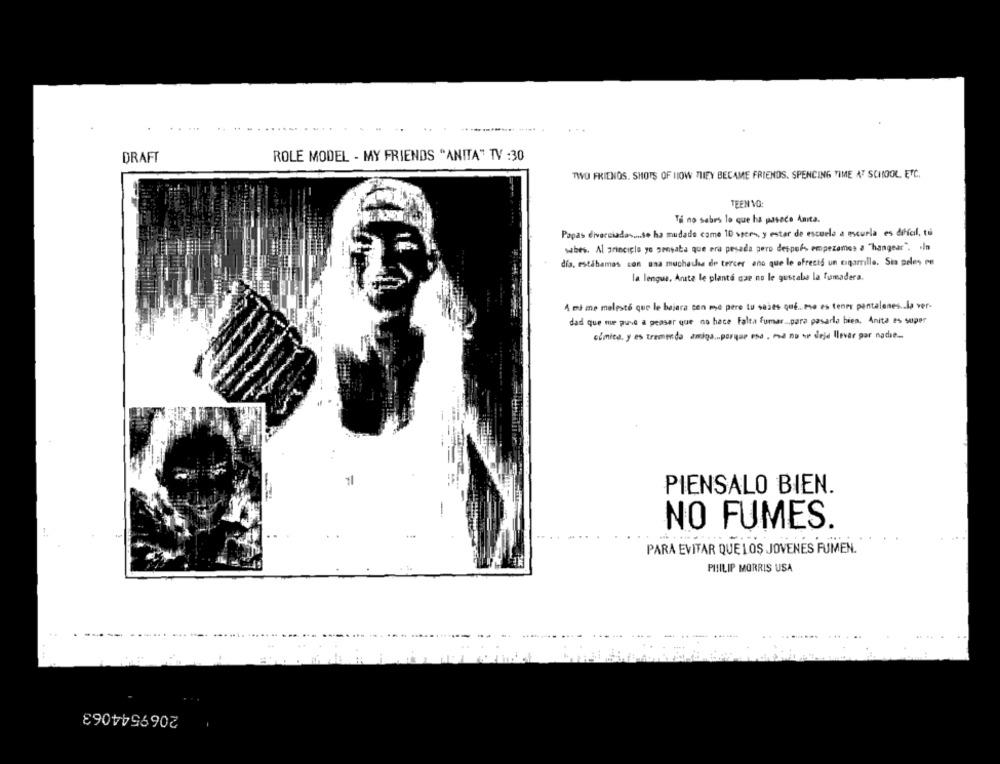
.......
DRAFT
ROLE MODEL - MY FRIENDS "ANITA" TV :30
TWO FRIENDS. SHOTS OF HOW THEY BECAME FRIENDS, SPENCING TIME AT SCHOOL, ETC.
TEEN VO:
Ti no sabes lo que ha pasado Anita.
Papas divorciados ... Se ha mudado came 10 spero, y estar de escuela a escuela es difícil, tú
sabes. Al principle yo pensaba que era pesada pero despor empezamos a "hangear". . In
dia. estábamos con una muchacha de tercer ano que le ofreció un cigarrillo. Sta peles on
la lengua, Anita le planté qae no le gustaba la fumadera.
A mi me melesté que le bajara con mye pere tu sabes qué ... eso es tener pantalones .. la ver-
dad que me puve a peasar que no hace Falta fumar ... para pasarla bien, Anita es super
ofmice, y es tremenda andoa ... porque esa , ma no se deje llevar por nadie ..
PIENSALO BIEN.
NO FUMES.
PARA EVITAR QUE LOS JOVENES FUMEN
PHILIP MORRIS USA
2069544063